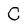
Character: C